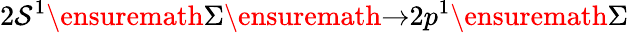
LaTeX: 2\mathcal{S}^{1}\ensuremath{{\Sigma}}\ensuremath{{\rightarrow}}2p^{1}\ensuremath{{\Sigma}}